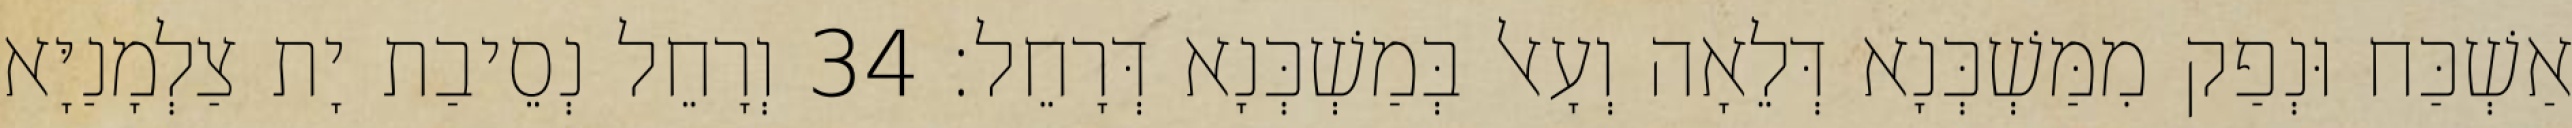
אַשְׁכַּח וּנְפַק מִמַּשְׁכְּנָא דְּלֵאָה וְעָאל בְּמַשְׁכְּנָא דְּרָחֵל׃ 34 וְרָחֵל נְסֵיבַת יָת צַלְמָנַיָּא